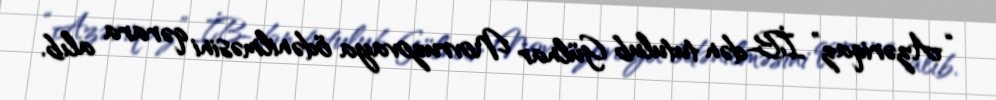
“Azəriqaz” İB-dən tutulub Gülnar Novruzovaya ödənilməsini qərara alıb.